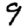
Digit: 9